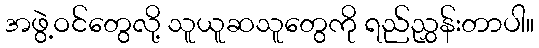
အဖွဲ့ဝင်တွေလို့ သူယူဆသူတွေကို ရည်ညွှန်းတာပါ။